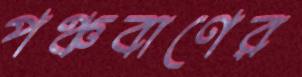
পঞ্চবাণের